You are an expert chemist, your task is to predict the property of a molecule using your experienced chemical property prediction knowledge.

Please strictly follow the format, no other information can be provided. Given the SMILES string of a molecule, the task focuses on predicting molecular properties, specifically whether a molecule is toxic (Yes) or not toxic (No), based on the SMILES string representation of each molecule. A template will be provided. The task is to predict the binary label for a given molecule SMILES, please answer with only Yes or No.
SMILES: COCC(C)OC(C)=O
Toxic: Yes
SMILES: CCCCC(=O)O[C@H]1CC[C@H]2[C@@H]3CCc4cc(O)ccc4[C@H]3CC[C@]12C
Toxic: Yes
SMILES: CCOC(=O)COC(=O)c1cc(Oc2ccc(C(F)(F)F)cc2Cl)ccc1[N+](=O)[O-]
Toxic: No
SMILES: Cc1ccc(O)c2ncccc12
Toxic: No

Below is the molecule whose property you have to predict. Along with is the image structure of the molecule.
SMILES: CC(C)C=O
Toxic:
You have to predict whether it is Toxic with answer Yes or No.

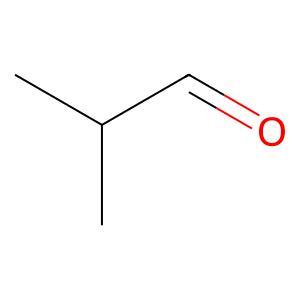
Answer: No